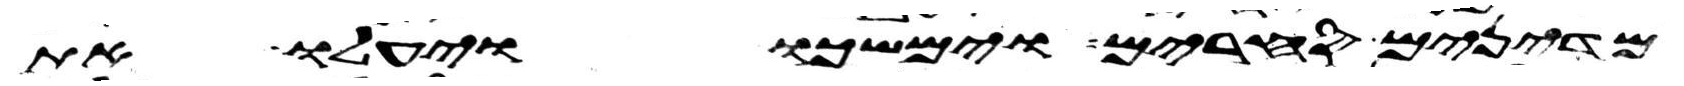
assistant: מדינים סחרים וימשכו ויעלו את